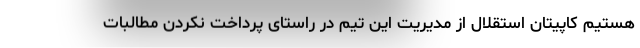
هستیم کاپیتان استقلال از مدیریت این تیم در راستای پرداخت نکردن مطالبات